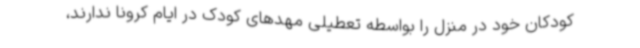
کودکان خود در منزل را بواسطه تعطیلی مهدهای کودک در ایام کرونا ندارند،